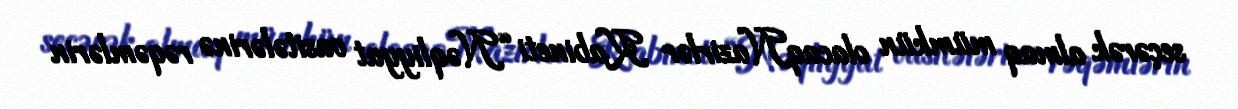
seçərək almaq mümkün olacaqNazirlər Kabineti “Nəqliyyat vasitələrinə rəqəmlərin